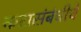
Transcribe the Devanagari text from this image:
करासंबंधीचे